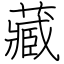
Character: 藏